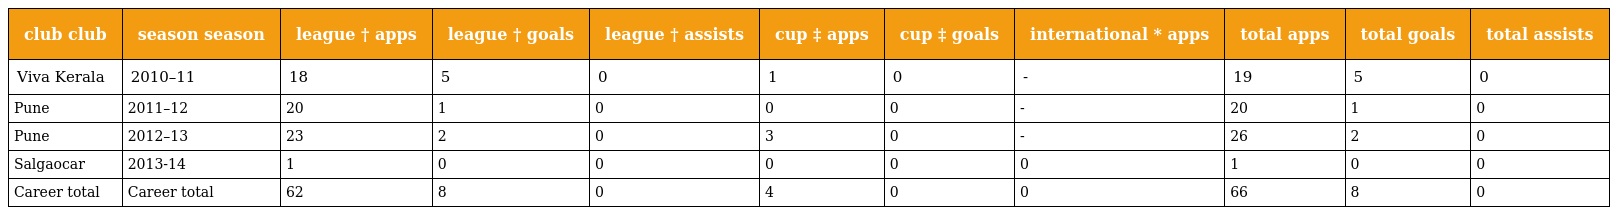
| club club | season season | league † apps | league † goals | league † assists | cup ‡ apps | cup ‡ goals | international * apps | total apps | total goals | total assists |
 | --- | --- | --- | --- | --- | --- | --- | --- | --- | --- | --- |
 | Viva Kerala | 2010–11 | 18 | 5 | 0 | 1 | 0 | - | 19 | 5 | 0 |
 | Pune | 2011–12 | 20 | 1 | 0 | 0 | 0 | - | 20 | 1 | 0 |
 | Pune | 2012–13 | 23 | 2 | 0 | 3 | 0 | - | 26 | 2 | 0 |
 | Salgaocar | 2013-14 | 1 | 0 | 0 | 0 | 0 | 0 | 1 | 0 | 0 |
 | Career total | Career total | 62 | 8 | 0 | 4 | 0 | 0 | 66 | 8 | 0 |